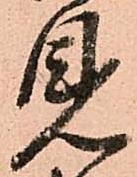
見